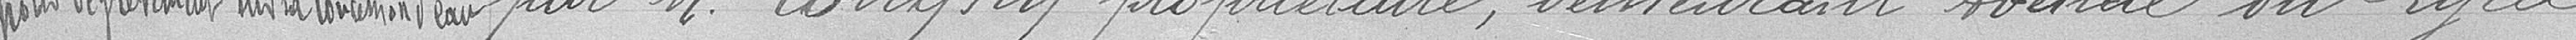
pour dégrèvement sur la concession d'eau        par Monsieur Longhy propriétaire, demeurant avenue du Lycée